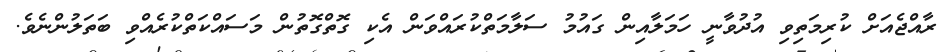
ރާއްޖެއަށް ކުރިމަތިވި އުދުވާނީ ހަމަލާއިން ގައުމު ސަލާމަތްކުރައްވަން އެކި ގޮތްގޮތުން މަސައްކަތްކުރެއްވި ބަތަލުންނެވެ.